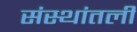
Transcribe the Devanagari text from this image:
संस्थांतली